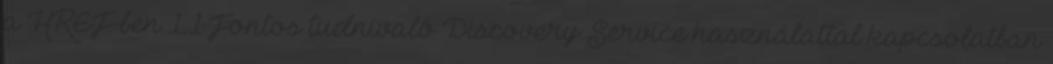
a HREF-ben 1.1 Fontos tudnivaló Discovery Service használattal kapcsolatban